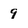
Character: 9